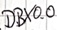
Text: DBX0.0